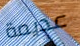
عديمة